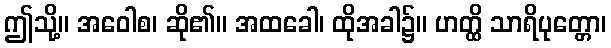
ဤသို့။ အဝေါစ၊ ဆို၏။ အထခေါ၊ ထိုအခါ၌။ ဟတ္ထိ သာရိပုတ္တော၊